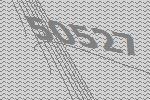
50527